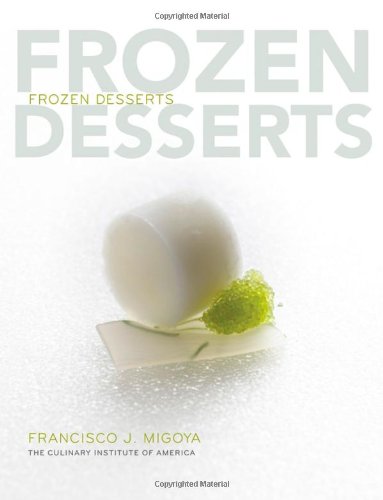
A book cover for Frozen Desserts; The Culinary Institute of America; Cookbooks, Food & Wine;